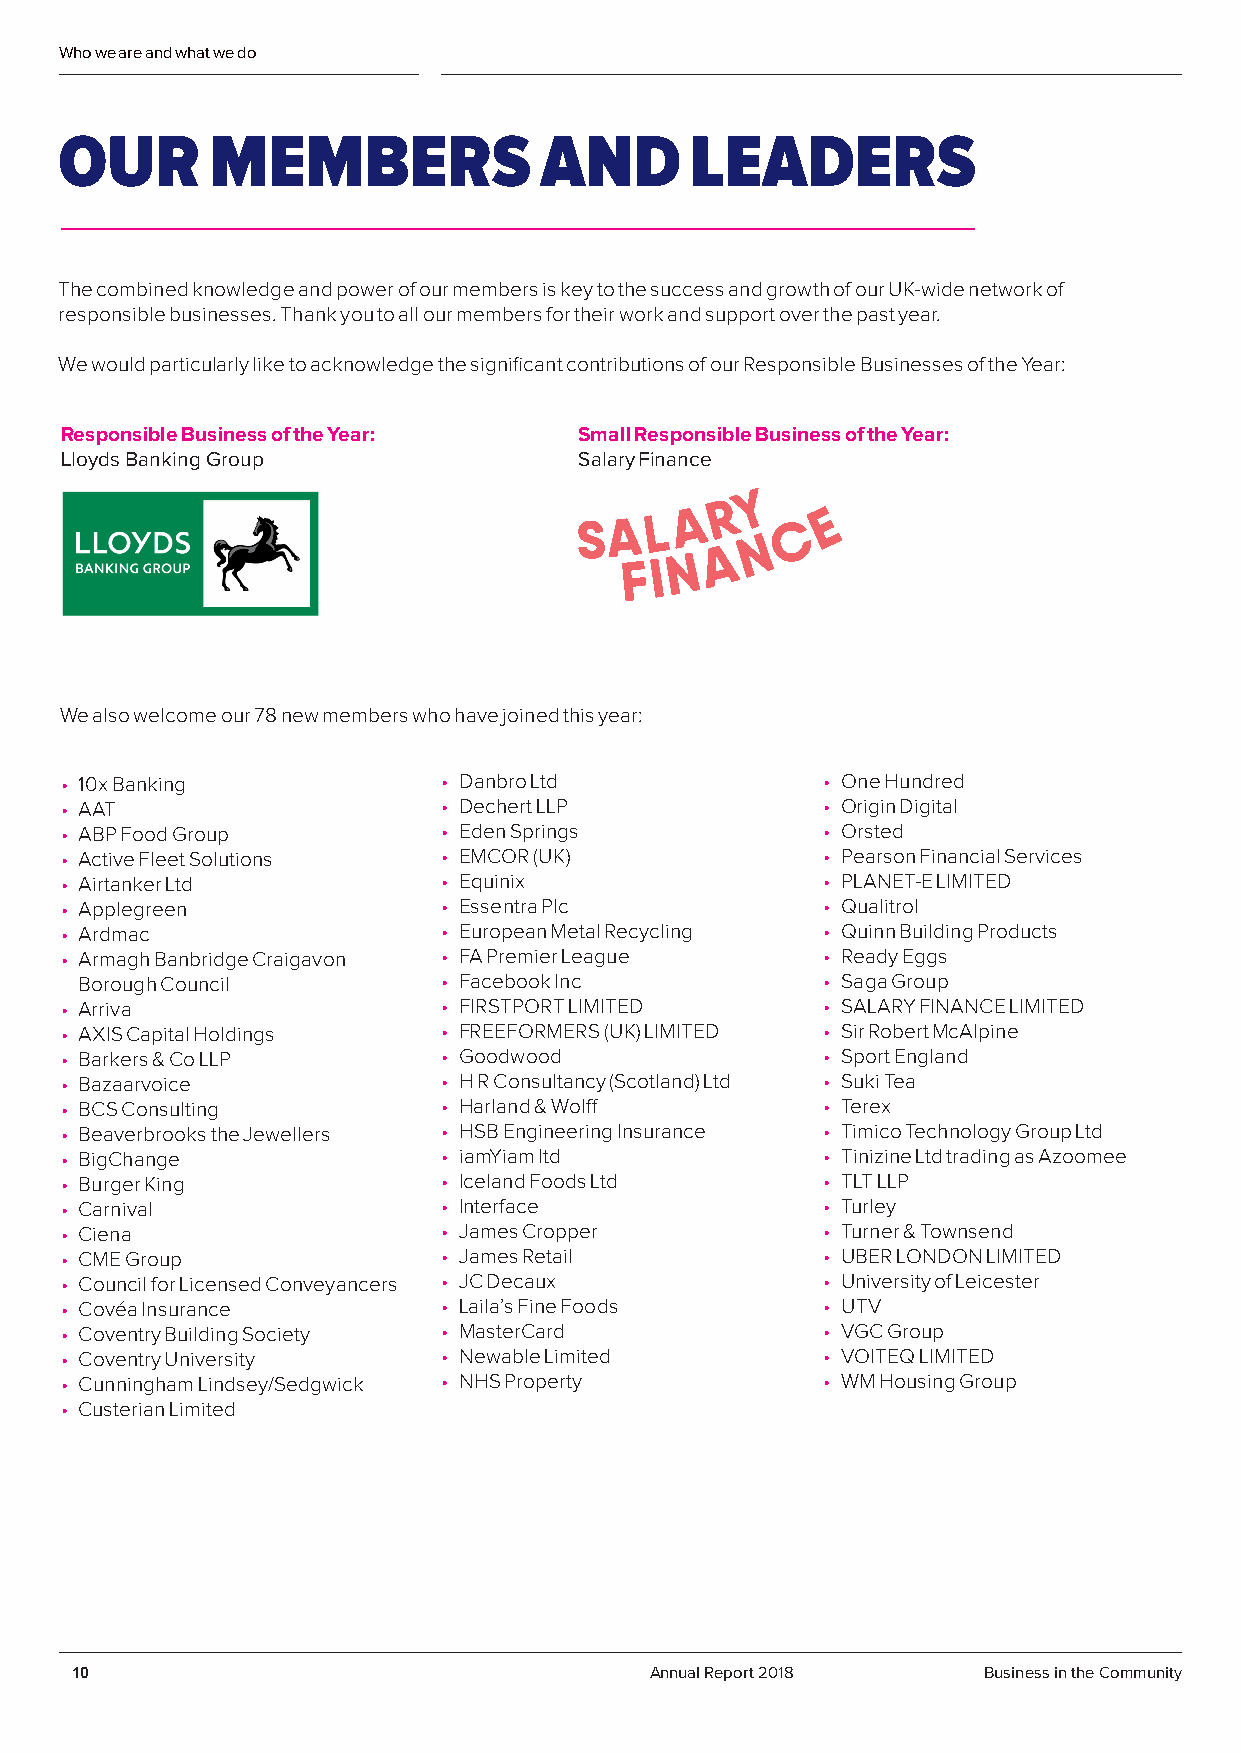
Who we are and what we do
 OUR       MEMBERS               AND       LEADERS
 The combined knowledge and power of our members is key to the success and growth of our UK-wide network of
 responsible businesses. Thank you to all our members for their work and support over the past year.
 We would particularly like to acknowledge the significant contributions of our Responsible Businesses of the Year:
 Responsible Business of the Year: Small Responsible Business of the Year:
 Lloyds Banking Group              Salary Finance
 We also welcome our 78 new members who have joined this year:
 • 10x Banking            • Danbro Ltd             • One Hundred
 • AAT                    • Dechert LLP            • Origin Digital
 • ABP Food Group         • Eden Springs           • Orsted
 • Active Fleet Solutions • EMCOR (UK)             • Pearson Financial Services
 • Airtanker Ltd          • Equinix                • PLANET-E LIMITED
 • Applegreen             • Essentra Plc           • Qualitrol
 • Ardmac                 • European Metal Recycling • Quinn Building Products
 • Armagh Banbridge Craigavon • FA Premier League  • Ready Eggs
 Borough Council         • Facebook Inc           • Saga Group
 • Arriva                 • FIRSTPORT LIMITED      • SALARY FINANCE LIMITED
 • AXIS Capital Holdings  • FREEFORMERS (UK) LIMITED • Sir Robert McAlpine
 • Barkers & Co LLP       • Goodwood               • Sport England
 • Bazaarvoice            • H R Consultancy (Scotland) Ltd • Suki Tea
 • BCS Consulting         • Harland & Wolff        • Terex
 • Beaverbrooks the Jewellers • HSB Engineering Insurance • Timico Technology Group Ltd
 • BigChange              • iamYiam ltd            • Tinizine Ltd trading as Azoomee
 • Burger King            • Iceland Foods Ltd      • TLT LLP
 • Carnival               • Interface              • Turley
 • Ciena                  • James Cropper          • Turner & Townsend
 • CME Group              • James Retail           • UBER LONDON LIMITED
 • Council for Licensed Conveyancers • JC Decaux   • University of Leicester
 • Covéa Insurance        • Laila’s Fine Foods     • UTV
 • Coventry Building Society • MasterCard          • VGC Group
 • Coventry University    • Newable Limited        • VOITEQ LIMITED
 • Cunningham Lindsey/Sedgwick • NHS Property      • WM Housing Group
 • Custerian Limited
 10                                    Annual Report 2018    Business in the Community